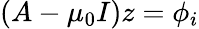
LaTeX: (A-\mu_{0}I)z=\phi_{i}